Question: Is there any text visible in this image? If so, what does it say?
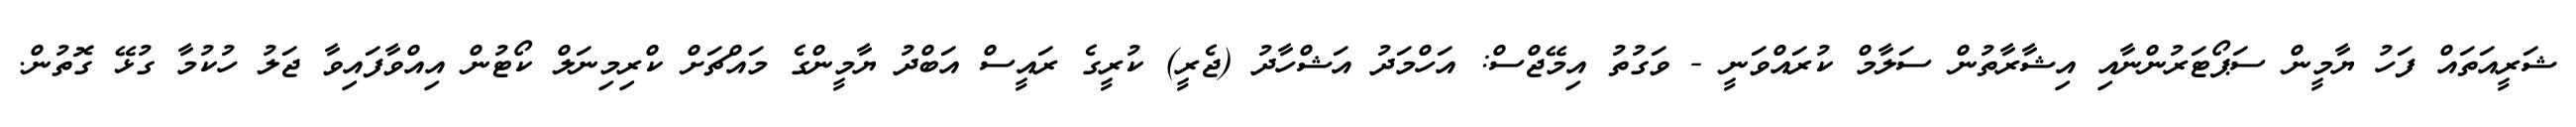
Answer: ޝަރީއަތައް ފަހު ޔާމީން ސަޕޯޓަރުންނާއި އިޝާރާތުން ސަލާމް ކުރައްވަނީ - ވަގުތު އިމޭޖްސް: އަހްމަދު އަޝްހާދު (ޖެރީ) ކުރީގެ ރައީސް އަބްދު ޔާމީންގެ މައްޗަށް ކްރިމިނަލް ކޯޓުން އިއްވާފައިވާ ޖަލު ހުކުމާ ގުޅޭ ގޮތުން.